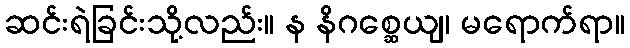
ဆင်းရဲခြင်းသို့လည်း။ န နိဂစ္ဆေယျ၊ မရောက်ရာ။